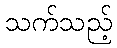
သက်သည့်